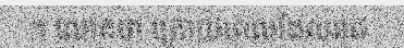
។ លោកថា ក្រោយពេលដែលរាជ